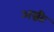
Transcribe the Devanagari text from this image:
अग्नीः